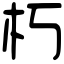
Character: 朽